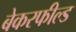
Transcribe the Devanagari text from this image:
बेकरफील्ड